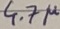
Text: 4.7µ